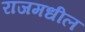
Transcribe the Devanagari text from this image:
राजमधील